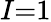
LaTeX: I{=}1